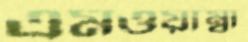
এমওয়াম্বা